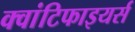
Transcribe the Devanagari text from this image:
क्वांटिफाइयर्स